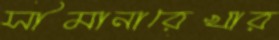
সীমানারেখার